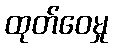
ထုတ်ဝေမှု